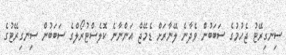
ސިނގިރޭޓު ޖެހުމުގެ ސަބަބުން ވެދާނެ ލޭނާރަށް ޑެމޭޖް އަންނާނެ ކޮލެސްޓުރޯލްގެ ސަބަބުން ސިނގިރޭޓުގެ